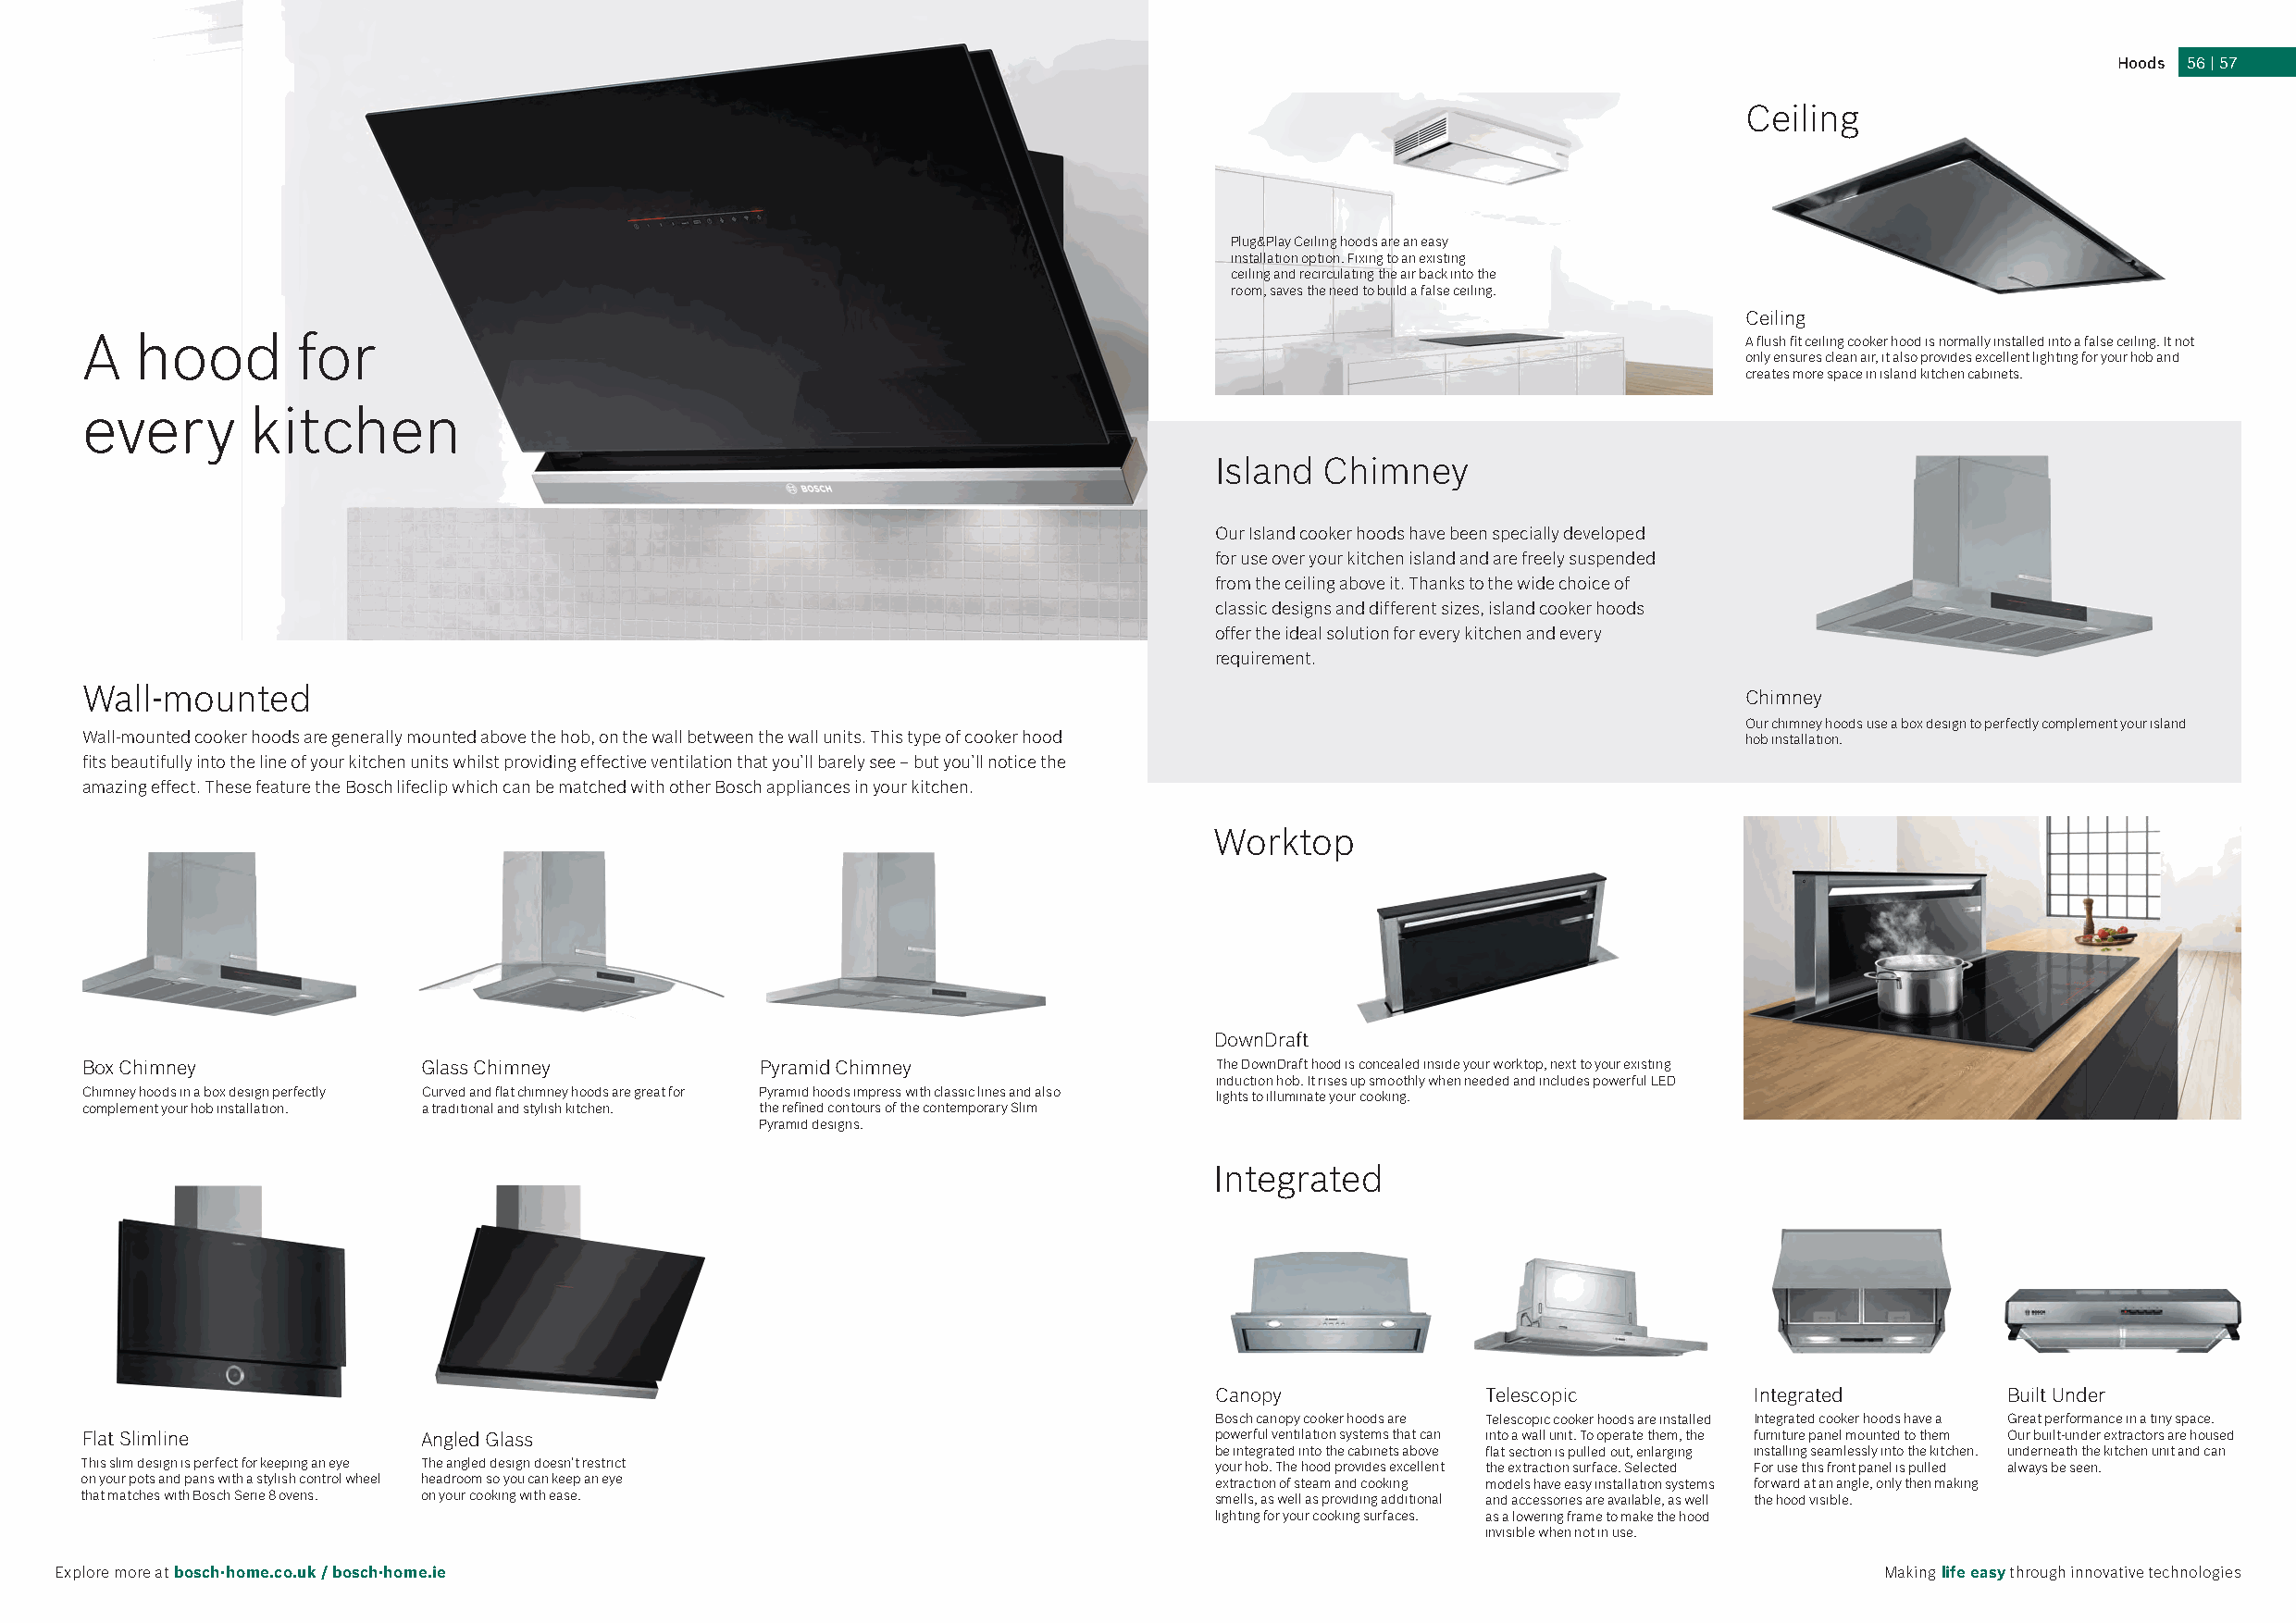
Hoods 56 | 57
 Ceiling
 Plug&Play Ceiling hoods are an easy
 installation option. Fixing to an existing
 ceiling and recirculating the air back into the
 room, saves the need to build a false ceiling.
 Ceiling
 A  hood        for                                                                                                     A flush fit ceiling cooker hood is normally installed into a false ceiling. It not
 only ensures clean air, it also provides excellent lighting for your hob and
 creates more space in island kitchen cabinets.
 every       kitchen
 Island Chimney
 Our Island cooker hoods have been specially developed
 for use over your kitchen island and are freely suspended
 from the ceiling above it. Thanks to the wide choice of
 classic designs and different sizes, island cooker hoods
 offer the ideal solution for every kitchen and every
 requirement.
 Wall-mounted
 Chimney
 Our chimney hoods use a box design to perfectly complement your island
 Wall-mounted cooker hoods are generally mounted above the hob, on the wall between the wall units. This type of cooker hood hob installation.
 fits beautifully into the line of your kitchen units whilst providing effective ventilation that you’ll barely see – but you’ll notice the
 amazing effect. These feature the Bosch lifeclip which can be matched with other Bosch appliances in your kitchen.
 Worktop
 DownDraft
 Box Chimney             Glass Chimney           Pyramid Chimney                  The DownDraft hood is concealed inside your worktop, next to your existing
 induction hob. It rises up smoothly when needed and includes powerful LED
 Chimney hoods in a box design perfectly Curved and flat chimney hoods are great for Pyramid hoods impress with classic lines and also lights to illuminate your cooking.
 complement your hob installation. a traditional and stylish kitchen. the refined contours of the contemporary Slim
 Pyramid designs.
 Integrated
 Canopy             Telescopic         Integrated        Built Under
 Bosch canopy cooker hoods are Telescopic cooker hoods are installed Integrated cooker hoods have a Great performance in a tiny space.
 Flat Slimline           Angled Glass                                             powerful ventilation systems that can into a wall unit. To operate them, the furniture panel mounted to them Our built-under extractors are housed
 be integrated into the cabinets above flat section is pulled out, enlarging installing seamlessly into the kitchen. underneath the kitchen unit and can
 This slim design is perfect for keeping an eye The angled design doesn’t restrict your hob. The hood provides excellent the extraction surface. Selected For use this front panel is pulled always be seen.
 on your pots and pans with a stylish control wheel headroom so you can keep an eye extraction of steam and cooking models have easy installation systems forward at an angle, only then making
 that matches with Bosch Serie 8 ovens. on your cooking with ease.                smells, as well as providing additional and accessories are available, as well the hood visible.
 lighting for your cooking surfaces. as a lowering frame to make the hood
 invisible when not in use.
 Explore more at bosch-home.co.uk / bosch-home.ie                                                                                  Making life easy through innovative technologies
 BBoosscchh__BBII__22002211__55__CCTT002299__HHooooddss..iinndddd AAllll PPaaggeess                                                                        3311//0033//22002211 1122::5588